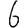
Digit: 6